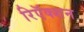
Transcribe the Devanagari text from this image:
रिऍक्शन